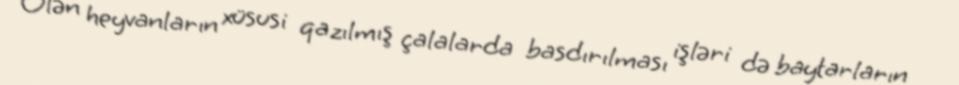
Ölən heyvanların xüsusi qazılmış çalalarda basdırılması işləri də baytarların